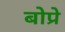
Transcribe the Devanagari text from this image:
बोप्रे